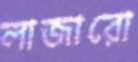
লাজারো